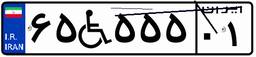
۶۵W۵۵۵۰۱